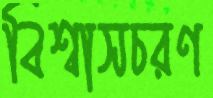
বিশ্বাসচরণ